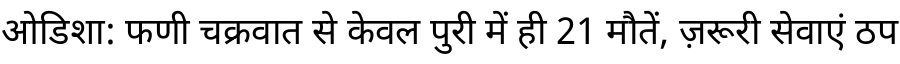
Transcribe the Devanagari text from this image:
ओडिशा: फणी चक्रवात से केवल पुरी में ही 21 मौतें, ज़रूरी सेवाएं ठप